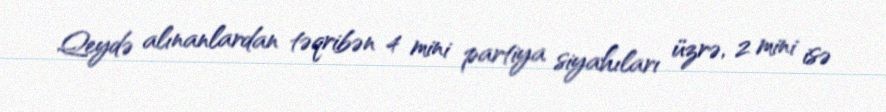
Qeydə alınanlardan təqribən 4 mini partiya siyahıları üzrə, 2 mini isə